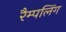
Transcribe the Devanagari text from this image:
रैम्पलिंग